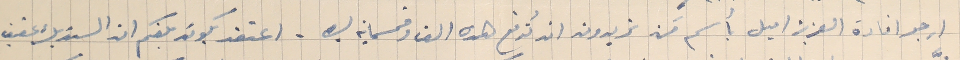
ارجو افادة العزيز اميل بأسم من تريدون ان تُدفع هذه الف وخمسماية ليره . اعتقد يكون بلغكم ان السنديك عفيف